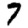
Digit: 7